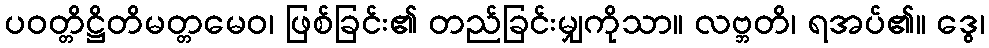
ပဝတ္တိဋ္ဌိတိမတ္တမေဝ၊ ဖြစ်ခြင်း၏ တည်ခြင်းမျှကိုသာ။ လဗ္ဘတိ၊ ရအပ်၏။ ဒွေ၊